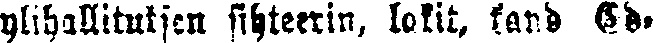
ylihallituksen sihteerin, lakit, kand. Ed-